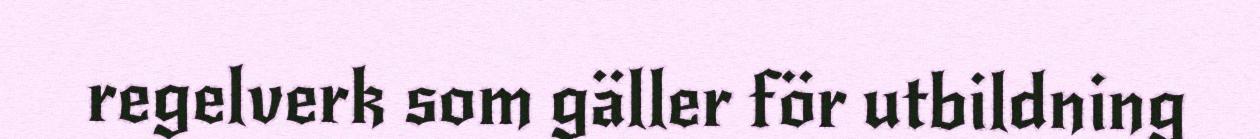
regelverk som gäller för utbildning